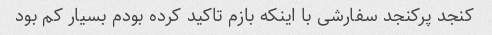
کنجد پرکنجد سفارشی با اینکه بازم تاکید کرده بودم بسیار کم بود